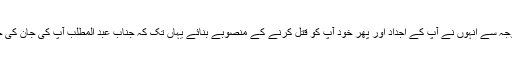
یہودیوں نے بہت کوشش کی کہ پیغمبر اسلام (ص) دنیا میں نہ آنے پائیں، اس وجہ سے انہوں نے آپ کے اجداد اور پھر خود آپ کو قتل کرنے کے منصوبے بنائے یہاں تک کہ جناب عبد المطلب آپ کی جان کی حفاظت کے لیے مجبور ہوئے آپ کو مکہ سے باہر ایک دایہ کے حوالے کریں۔